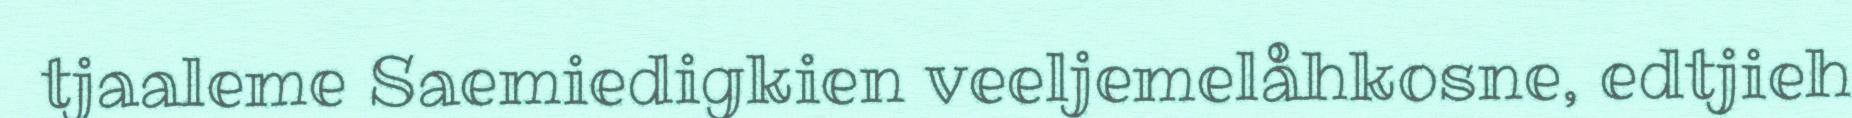
tjaaleme Saemiedigkien veeljemelåhkosne, edtjieh